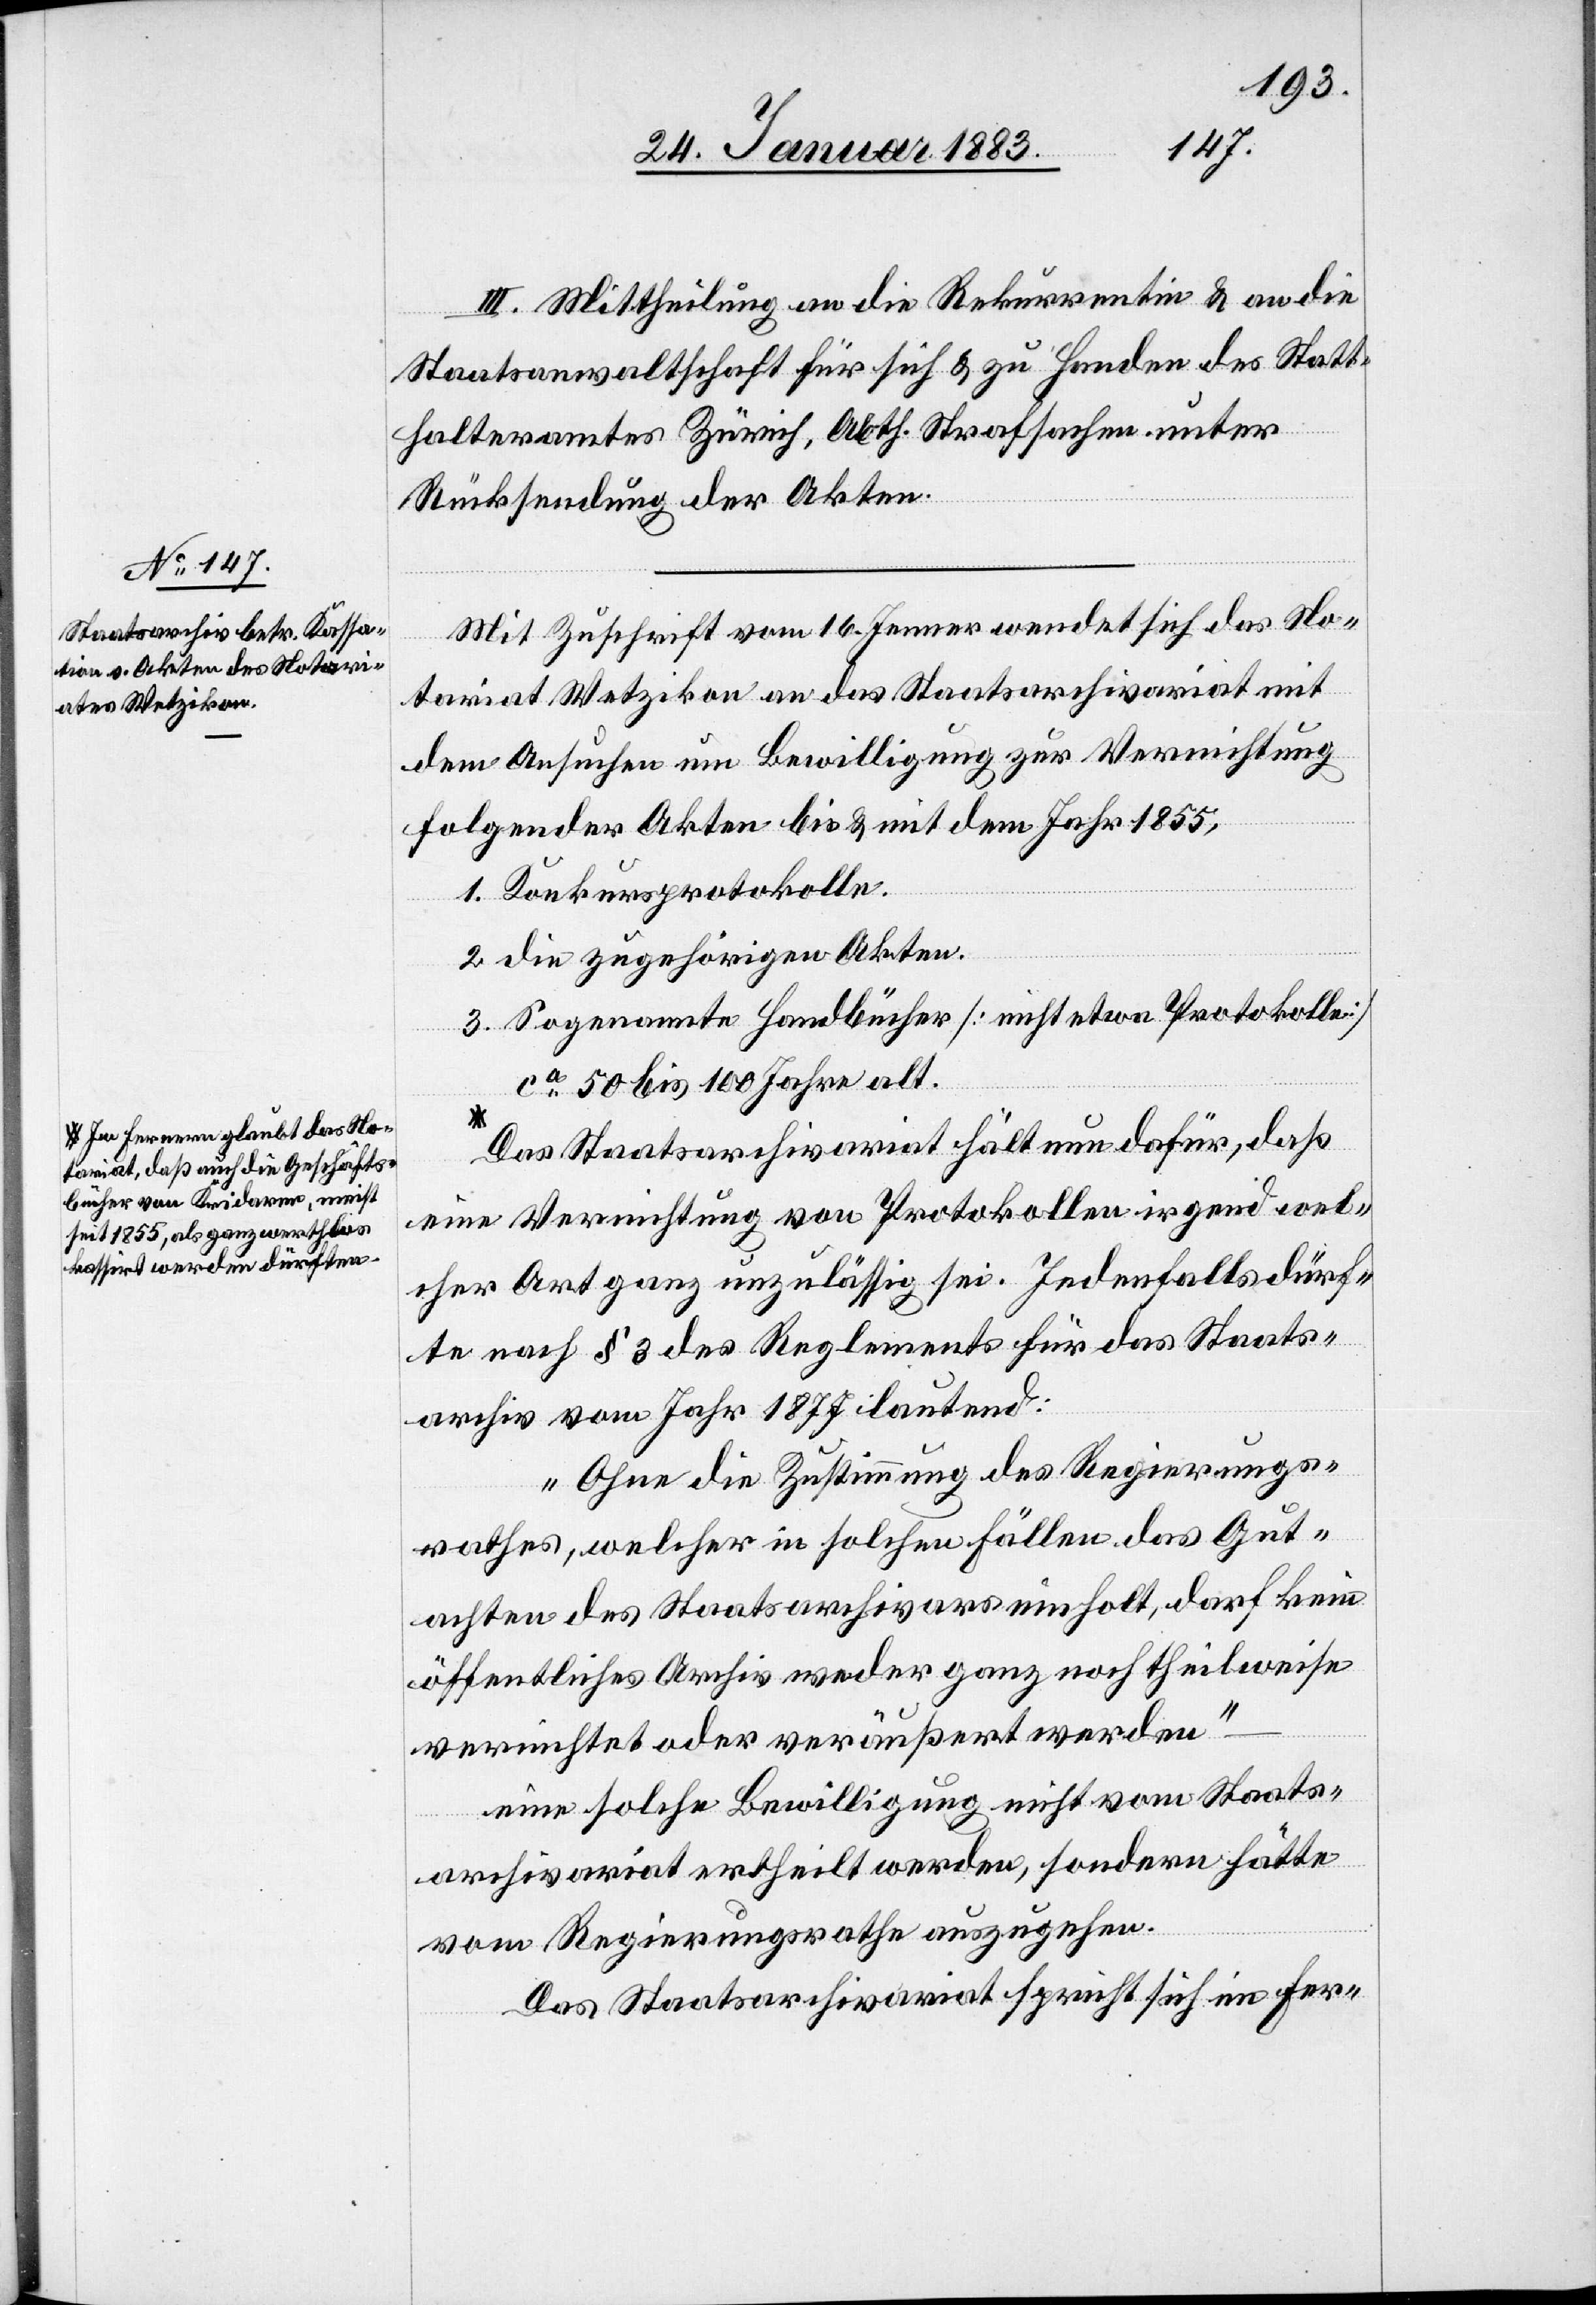
a-Im Fernern glaubt das No¬
tariat, daß auch die Geschäfts¬
bücher von Kridaren, meist
seit 1855, als ganz werthlos
kassirt werden dürften.-a

III. Mittheilung an die Rekurrentin & an die
Staatsanwaltschaft für sich & zu Handen des Statt¬
halteramtes Zürich, Abth. Strafsachen unter
Rücksendung der Akten.
Mit Zuschrift vom 16. Jenner wendet sich das No¬
tariat Wetzikon an das Staatsarchivariat mit
dem Ansuchen um Bewilligung zur Vernichtung
folgender Akten bis & mit dem Jahr 1855,
1. Konkursprotokolle.
2. Die zugehörigen Akten.
3. Sogenannte Handbücher [nicht etwa Protokolle]
ca 50 bis 100 Jahre alt.
Das Staatsarchivariat hält nun dafür, daß
eine Vernichtung von Protokollen irgend wel¬
cher Art ganz unzulässig sei. Jedenfalls dürf¬
te nach § 3 des Reglements für das Staats¬
archiv vom Jahr 1877 lautend:
„Ohne die Zustimmung des Regierungs¬
rathes, welcher in solchen Fällen das Gut¬
achten des Staatsarchivars einholt, darf kein
öffentliches Archiv weder ganz noch theilweise
vernichtet oder veräußert werden“
eine solche Bewilligung nicht vom Staats¬
archivariat ertheilt werden, sondern hätte
vom Regierungsrathe auszugehen.
Das Staatsarchivariat spricht sich im Fer-